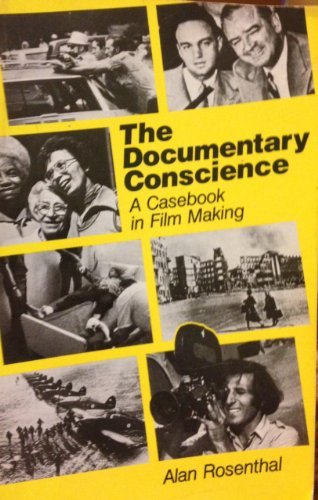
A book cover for The Documentary Conscience: A Casebook in Film Making; Alan Rosenthal; Humor & Entertainment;